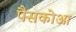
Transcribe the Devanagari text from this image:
पैसकोआ